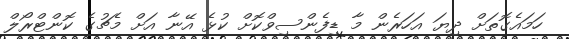
ހަމައެގޮތަށް ދިޔަ އަހަރެން މާ ޑިފެންސިވްކޮށް ކުޅެ އޭނާ އަށް މެޗުގެ ކޮންޓްރޯލް